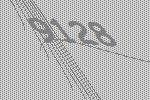
9128